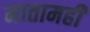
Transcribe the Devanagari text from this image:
मातामही